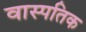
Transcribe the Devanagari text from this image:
वास्पतिक